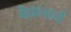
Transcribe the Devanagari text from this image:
वैद्याचार्य